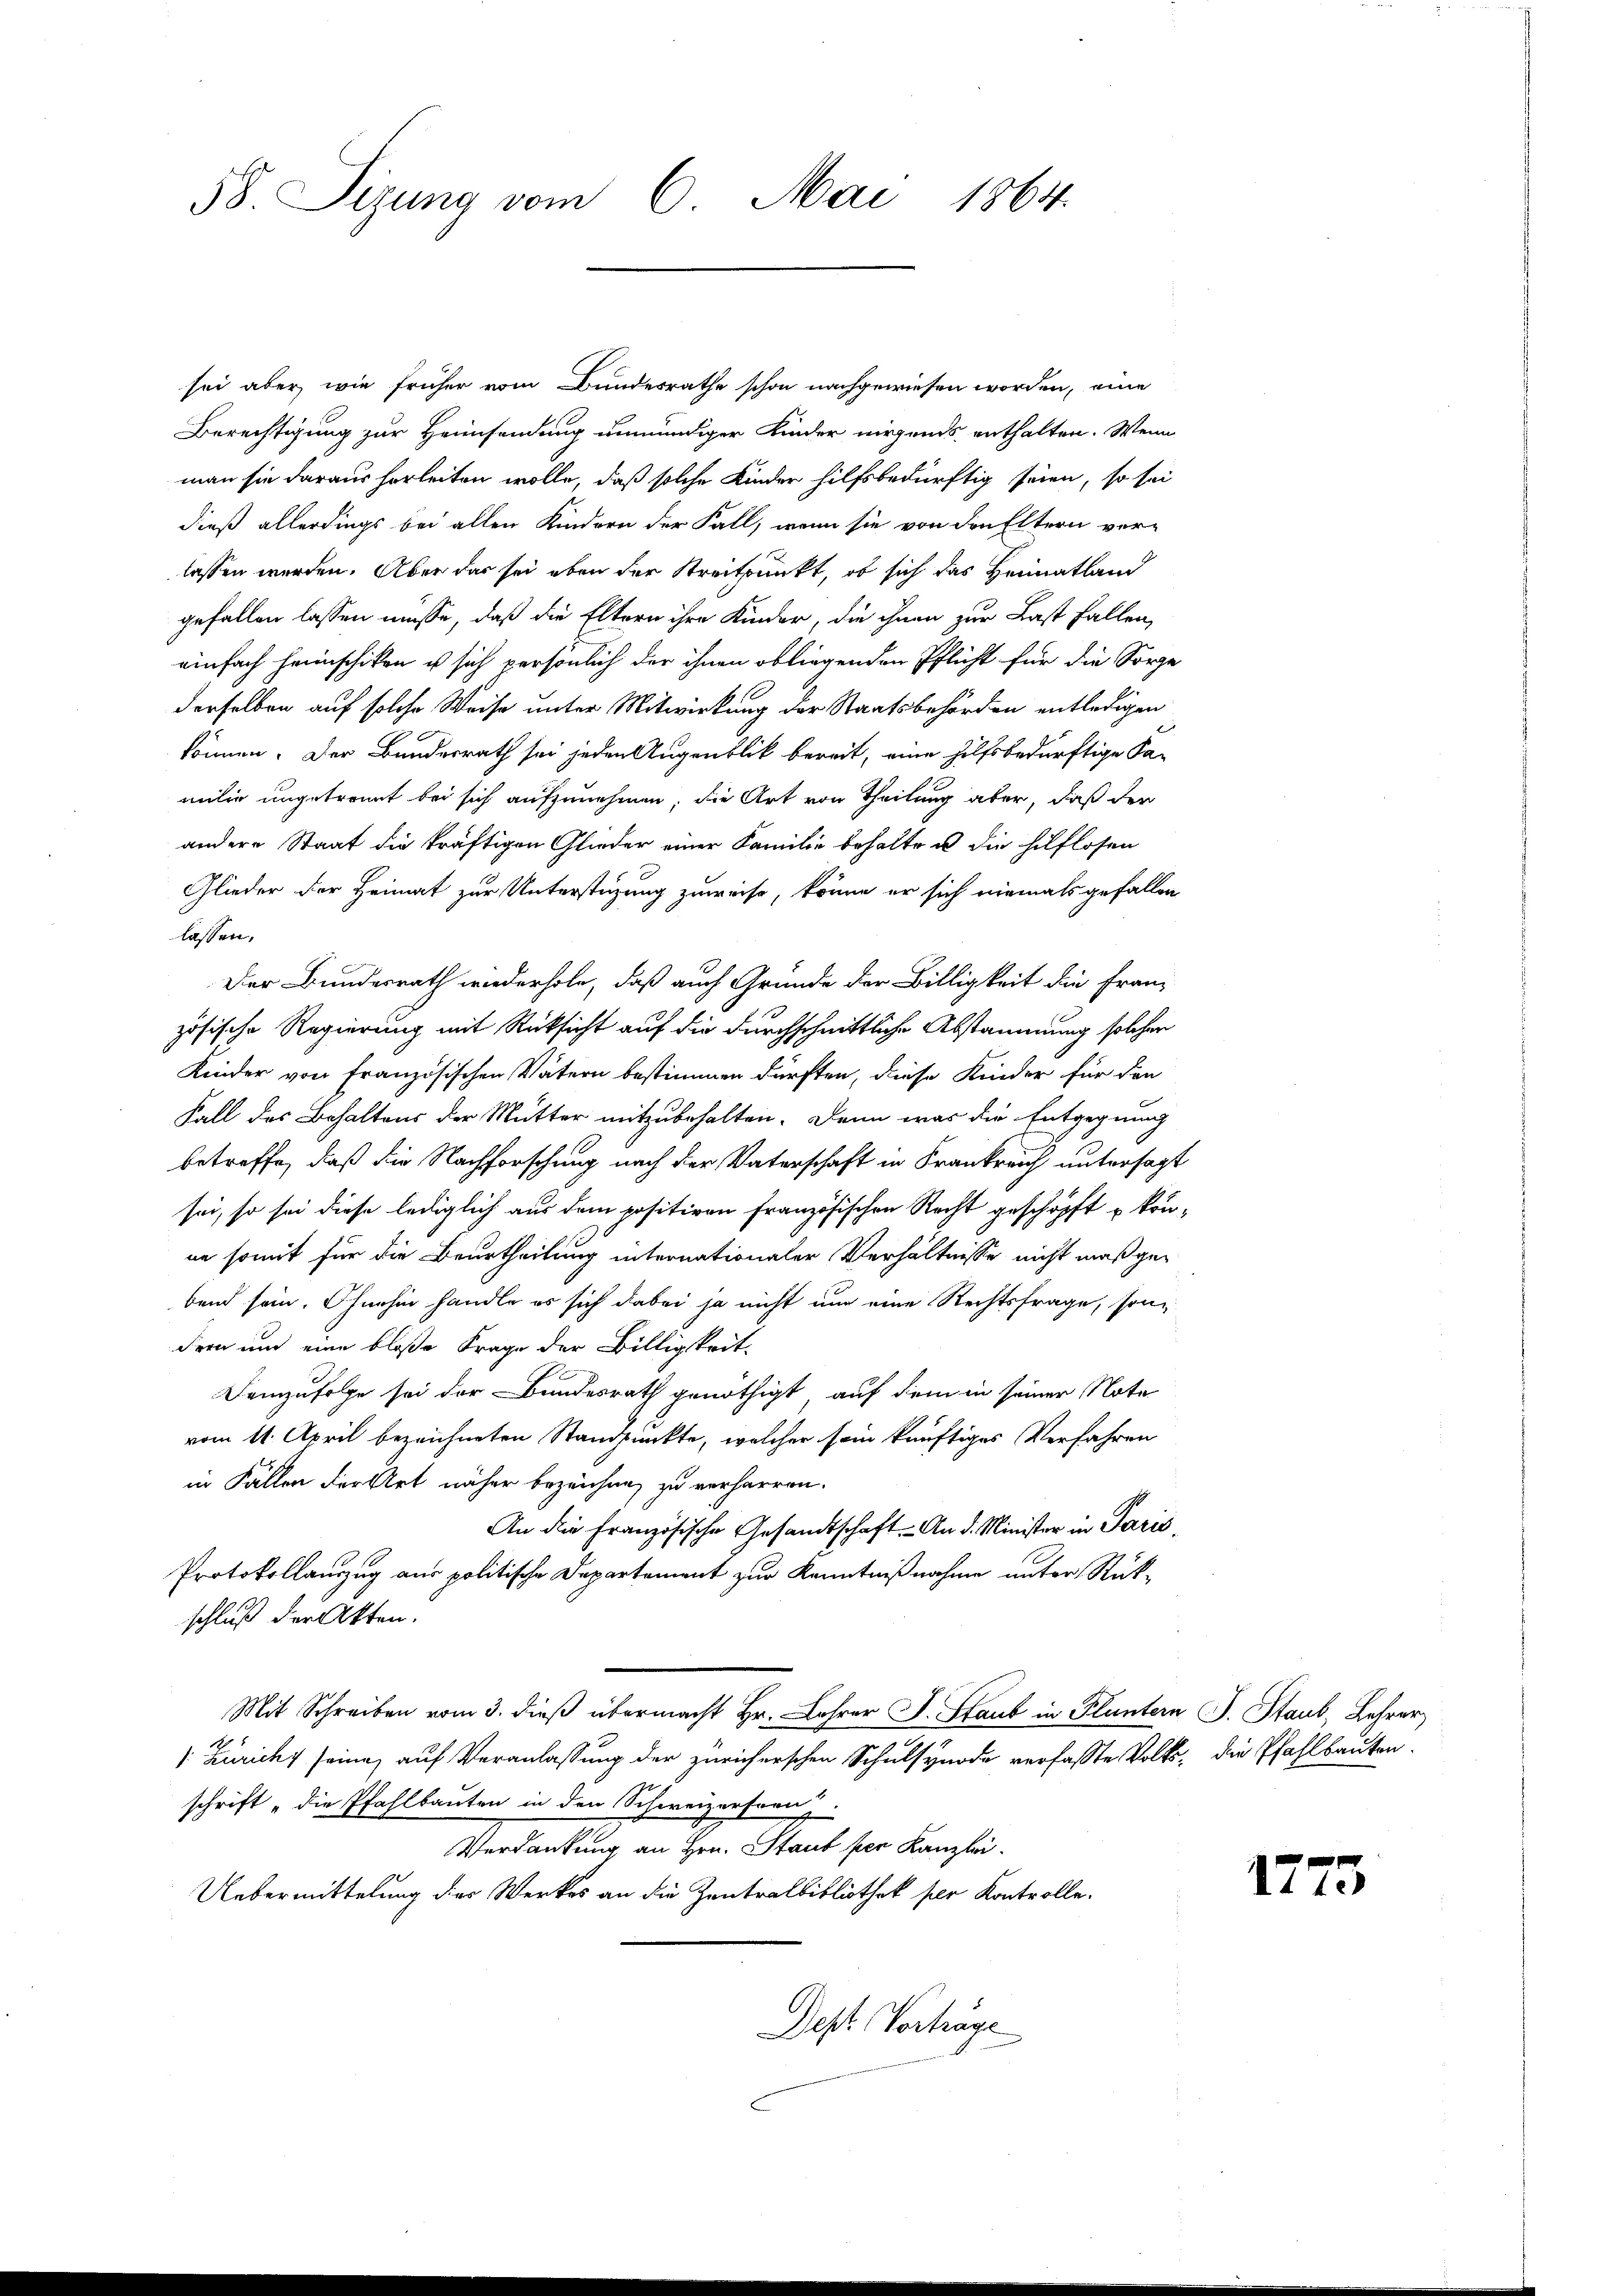
58. Sizung vom 6. Mai 1864.

sei aber wie früher vom Bundesrathe schon nachgewiesen worden, eine
Berechtigung zur Heimsendung unmündiger Kinder nirgends enthalten. Wenn
man sie daraus herleiten wolle, daß solche Kinder hilfsbedürftig seien, so sei
dieß allerdings bei allen Kindern der Fall, wenn sie von den Eltern ver-
lassen werden. Aber das sei eben der Streitpunkt, ob sich das Heimatland
gefallen lassen müsse, daß die Eltern ihre Kinder, die ihnen zur Last fallen,
einfach heimschiken ist sich persönlich der ihnen obliegenden Pflicht für die Sorge
derselben auf solche Weise unter Mitwirkung der Staatsbehörden entledigen
können. Der Bundesrath sei jeden Augenblick bereit, eine hilfsbedürftige Ka-
milie ungetrennt bei sich aufzunehmen, die Art von Theilung aber, daß der
andere Staat die kräftigen Glieder einer Familie behalte u die hilflosen
Glieder der Heimat zur Unterstüzung zuweise, könne er sich niemals gefallen
lassen,
Der Bundesrath wiederhole, daß auch Grunde der Billigkeit die Franz
zösische Regierung mit Rücksicht auf die durchschnittliche Abstammung solcher
Kinder von Französischen Vätern bestimmen dürften, diese Kinder für den
Fall des Behaltens der Mutter mitzubehalten. Denn was die Entgegnung
betreffe, daß die Nachforschung nach der Vaterschaft in Frankreich untersagt
sei, so sei diese lediglich aus dem positiven französischen Recht geschöpft kön-
ne somit für die Beurtheilung internationaler Verhältnisse nicht maßgebend sein. Ohnehin handle es sich dabei ja nicht um eine Rechtsfrage, sondern um eine bloße Frage der Billigkeit¬
Demzufolge sei der Bundesrath genöthigt, auf dem in seiner Note
vom 11. April bezeichneten Standpunkte, welcher sein künftiges Verfahren
in Fällen der Art näher bezeichne, zu verharren.
An die Französische Gesandtschaft. An d. Minister in Paris,
Protokollanzug aus politische Departement zur Kenntnißnahme unter Rückschluß der Akten.
Mit Schreiben vom 3. dieß übermacht Hr. Lohrer J. Staub in Pluntern J. Staub, Lehrer
[Züricht seine auf Veranlassung der Züricherschen Schulsynode verfasste Volks- die Pfahlbauten.
schrift „die Pfahlbauten in den Schweizerspru
Verdankung an Hrn. Staub per Kanzlei.
Uebermittelung dies Werkes an die Zentralbibliothek per Kontrolle.
Dest. Vorträge

1773